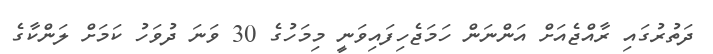
ދަތުރުގައި ރާއްޖެއަށް އަންނަން ހަމަޖެހިފައިވަނީ މިމަހުގެ 30 ވަނަ ދުވަހު ކަމަށް ލަންކާގެ